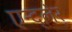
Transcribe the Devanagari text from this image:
एन्द्लेर्